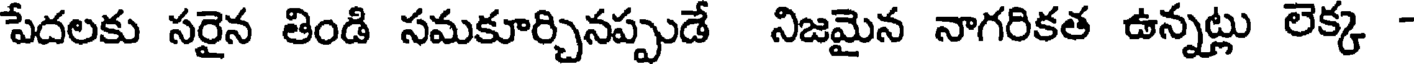
పేదలకు సరైన తిండి సమకూర్చినప్పుడే నిజమైన నాగరికత ఉన్నట్లు లెక్క -